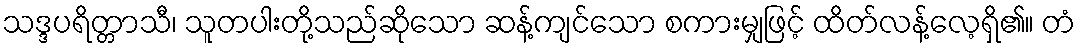
သဒ္ဒပရိတ္တာသီ၊ သူတပါးတို့သည်ဆိုသော ဆန့်ကျင်သော စကားမျှဖြင့် ထိတ်လန့်လေ့ရှိ၏။ တံ